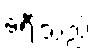
ခရီးသည်